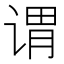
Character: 谓